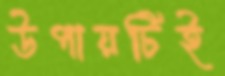
উপায়টিই